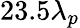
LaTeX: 23.5\lambda_{p}